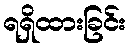
ရရှိထားခြင်း